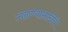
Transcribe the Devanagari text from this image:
टाळण्यासाठीचे